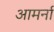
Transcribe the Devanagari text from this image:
आमर्ना